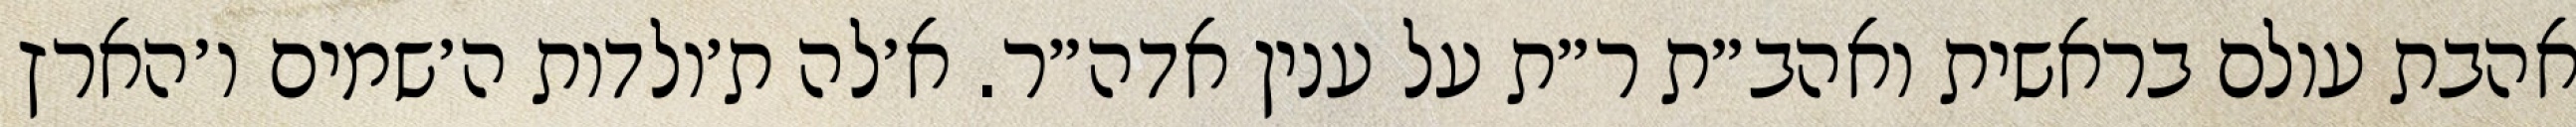
אהבת עולם בראשית ואהב״ת ר״ת על ענין אדה״ר. א׳לה ת׳ולדות ה׳שמים ו׳הארץ